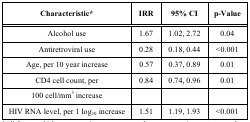
| Characteristic* | IRR | 95% CI | p-Value |
 | --- | --- | --- | --- |
 | Alcohol use | 1.67 | 1.02, 2.72 | 0.04 |
 | Antiretroviral use | 0.28 | 0.18, 0.44 | <0.001 |
 | Age, per 10 year increase | 0.57 | 0.37, 0.89 | 0.01 |
 | CD4 cell count, per | 0.84 | 0.74, 0.96 | 0.01 |
 | 100 cell/mm3 increase |  |  |  |
 | HIV RNA level, per 1 log10 increase | 1.51 | 1.19, 1.93 | <0.001 |